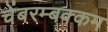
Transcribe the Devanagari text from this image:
चेंबरम्बक्कम